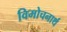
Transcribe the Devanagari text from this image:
विमोचनार्थ